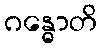
ဂန္ဓောတိ